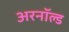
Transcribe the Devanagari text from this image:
अरनॉल्‍ड